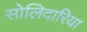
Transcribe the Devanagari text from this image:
सोलिदारिया